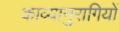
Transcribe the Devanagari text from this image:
काव्यानुरागियों